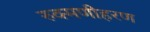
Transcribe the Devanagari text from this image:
रुक्मणीहरण